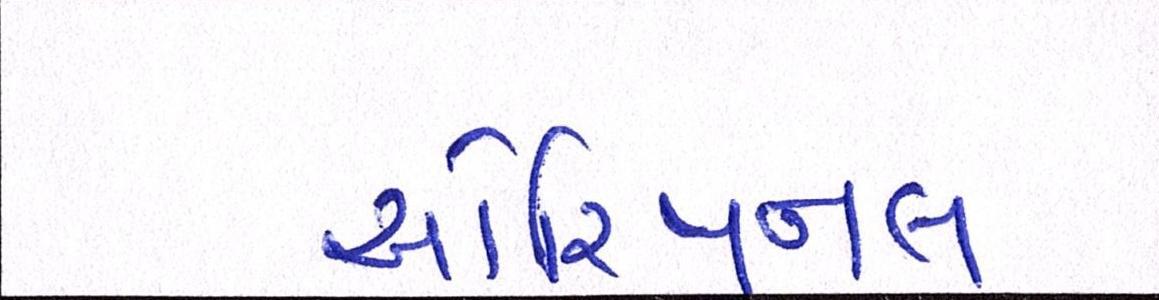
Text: ઓરિજીનલ